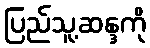
ပြည်သူ့ဆန္ဒကို